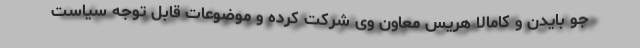
جو بایدن و کامالا هریس معاون وی شرکت کرده و موضوعات قابل توجه سیاست